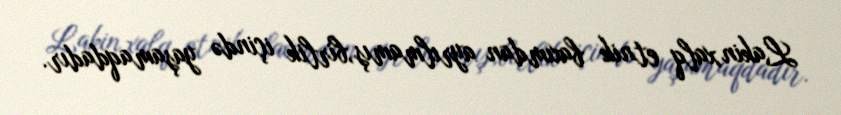
Lakin,xalq etnik baxımdan ayrılmamış,birlik içində yaşamaqdadır.